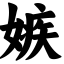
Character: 嫉